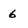
Character: 6